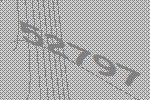
52797